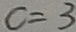
c = 3